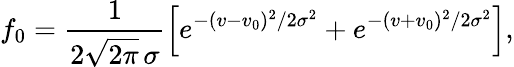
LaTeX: f_{0}=\frac{1}{2\sqrt{2\pi}\, \sigma}\left[e^{-(v-v_{0})^{2}/2\sigma^{2}}+e^{-(v+v_{0})^{2}/2\sigma^{2}}\right],